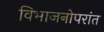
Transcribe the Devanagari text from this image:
विभाजनोपरांत